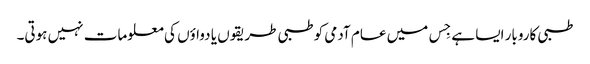
طبی کاروبار ایسا ہے جِس میں عام آدمی کو طبی طریقوں یا دواؤں کی معلومات نہیں ہوتی۔